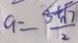
a = \frac { 3 + \sqrt { 7 } } { 2 }